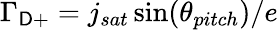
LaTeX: \Gamma_{\mathsf{D}+}=j_{sat}\sin(\theta_{pitch})/e